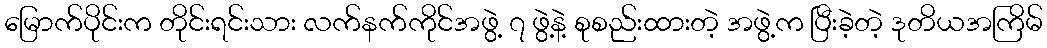
မြောက်ပိုင်းက တိုင်းရင်းသား လက်နက်ကိုင်အဖွဲ့ ၇ ဖွဲ့နဲ့ စုစည်းထားတဲ့ အဖွဲ့က ပြီးခဲ့တဲ့ ဒုတိယအကြိမ်